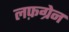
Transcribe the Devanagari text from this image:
लफ़ग्रेन